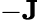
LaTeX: -\mathbf{J}